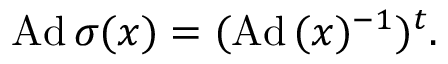
\displaystyle { \mathrm { A d } \, \sigma ( x ) = ( \mathrm { A d } \, ( x ) ^ { - 1 } ) ^ { t } . }